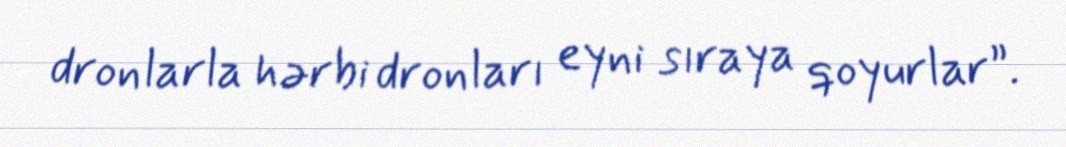
dronlarla hərbi dronları eyni sıraya qoyurlar”.